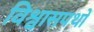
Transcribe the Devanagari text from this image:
विश्वासपथों